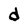
Character: d